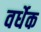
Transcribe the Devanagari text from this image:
वर्धेक